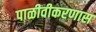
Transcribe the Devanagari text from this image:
पाळीवीकरणास